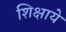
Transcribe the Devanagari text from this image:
शिक्षाये